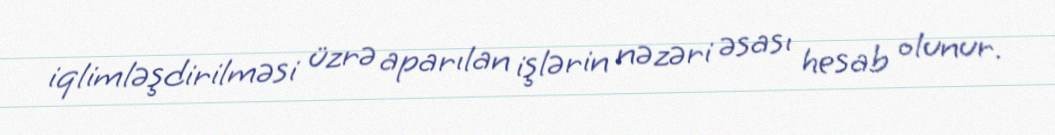
iqlimləşdirilməsi üzrə aparılan işlərin nəzəri əsası hesab olunur.